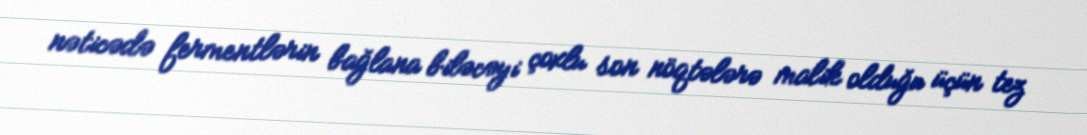
nəticədə fermentlərin bağlana biləcəyi çoxlu son nöqtələrə malik olduğu üçün tez